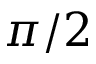
\pi / 2